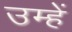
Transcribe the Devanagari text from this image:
उम्हें